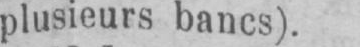
plusieurs bancs).